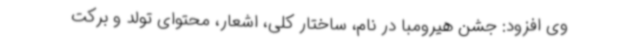
وی افزود: جشن هیرومبا در نام، ساختار کلی، اشعار، محتوای تولد و برکت